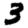
Digit: 3